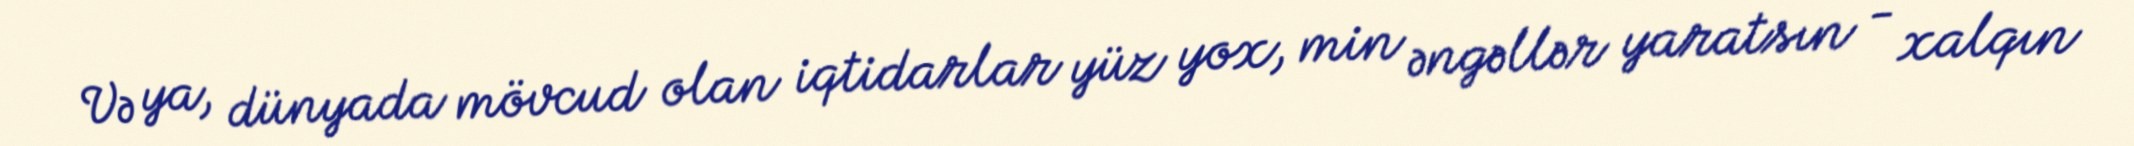
Və ya, dünyada mövcud olan iqtidarlar yüz yox, min əngəllər yaratsın - xalqın